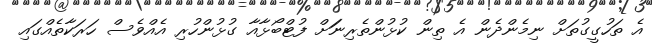
އެ ތަހުގީގުތަށް ނިމެންދެން އެ ތިން ކުޅުންތެރިނަަށް ފުޓްބޯޅާއާ ގުޅުންހުރި އެއްވެސް ހަރަކާތެއްގައި